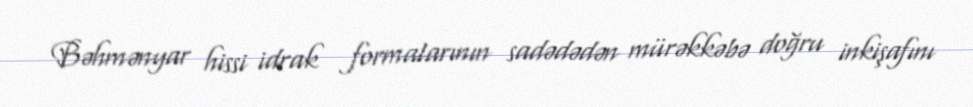
Bəhmənyar hissi idrak formalarının sadədədən mürəkkəbə doğru inkişafını